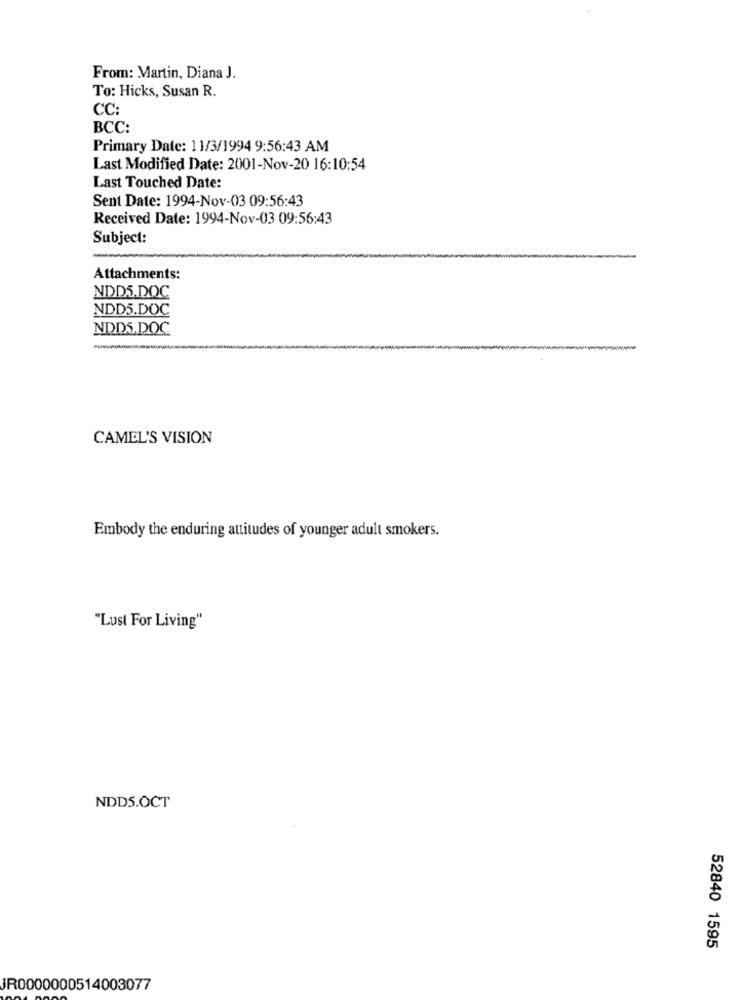
From: Martin, Diana J.
To: Hicks, Susan R.
CC:
BCC:
Primary Date: 11/3/1994 9:56:43 AM
Last Modified Date: 2001-Nov-20 16:10:54
Last Touched Date:
Sent Date: 1994-Nov-03 09:56:43
Received Date: 1994-Nov-03 09:56:43
Subject:
Attachments:
NDDS.DOC
NDD5.DOC
NDDS.DOC
CAMEL'S VISION
Embody the enduring attitudes of younger adult smokers.
"Lust For Living"
NDD5.OCT
52840 1595
JR0000000514003077